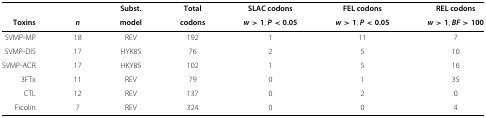
|  |  | Subst. | Total | SLAC codons | FEL codons | REL codons |
 | Toxins | n | model | codons | w>1; P<0 .05 | w>1; P<0 .05 | w>1; BF>100 |
 | --- | --- | --- | --- | --- | --- | --- |
 | SVMP-MP | 18 | REV | 192 | 1 | 11 | 7 |
 | SVMP-DIS | 17 | HYK85 | 76 | 2 | 5 | 10 |
 | SVMP-ACR | 17 | HKY85 | 102 | 1 | 5 | 16 |
 | 3FTx | 11 | REV | 79 | 0 | 1 | 35 |
 | CTL | 12 | REV | 137 | 0 | 2 | 0 |
 | Ficolin | 7 | REV | 324 | 0 | 0 | 4 |